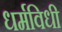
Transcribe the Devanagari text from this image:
धर्मविधी